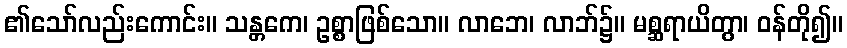
၏သော်လည်းကောင်း။ သန္တကေ၊ ဥစ္စာဖြစ်သော။ လာဘေ၊ လာဘ်၌။ မစ္ဆရာယိတွာ၊ ဝန်တို၍။